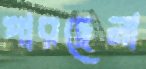
পারছেনা